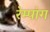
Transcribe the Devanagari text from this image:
रेम्पांग